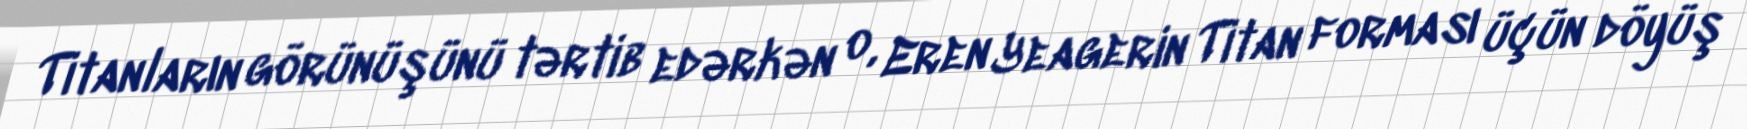
Titanların görünüşünü tərtib edərkən o, Eren Yeagerin Titan forması üçün döyüş